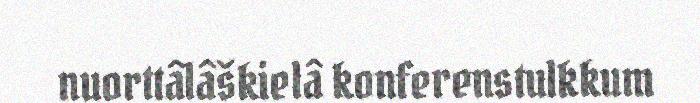
nuorttâlâškielâ konferenstulkkum